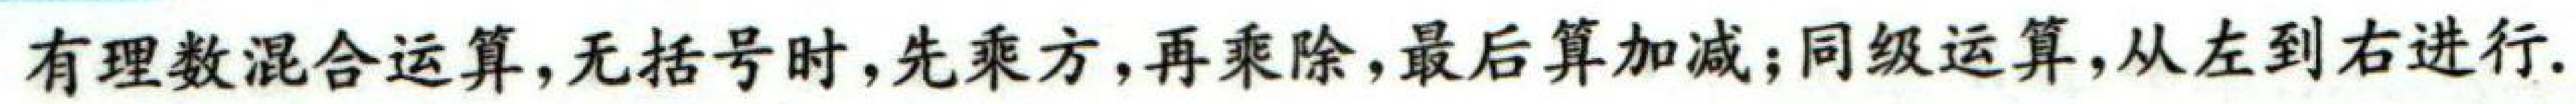
有理数混合运算，无括号时，先乘方，再乘除，最后算加减；同级运算，从左到右进行.